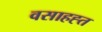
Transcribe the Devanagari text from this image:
वसाहह्त